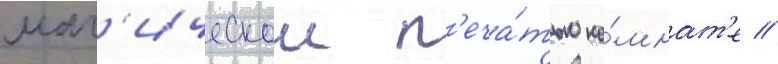
маг'ическои п'еча́тью ко́мнат'е //